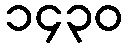
၁၄၃၀